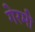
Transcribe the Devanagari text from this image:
गेरमी